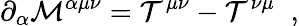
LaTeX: \partial_{\alpha}{\cal M}^{\alpha\mu\nu}={\cal T}^{\mu\nu}-{\cal T}^{\nu\mu}\; \; ,